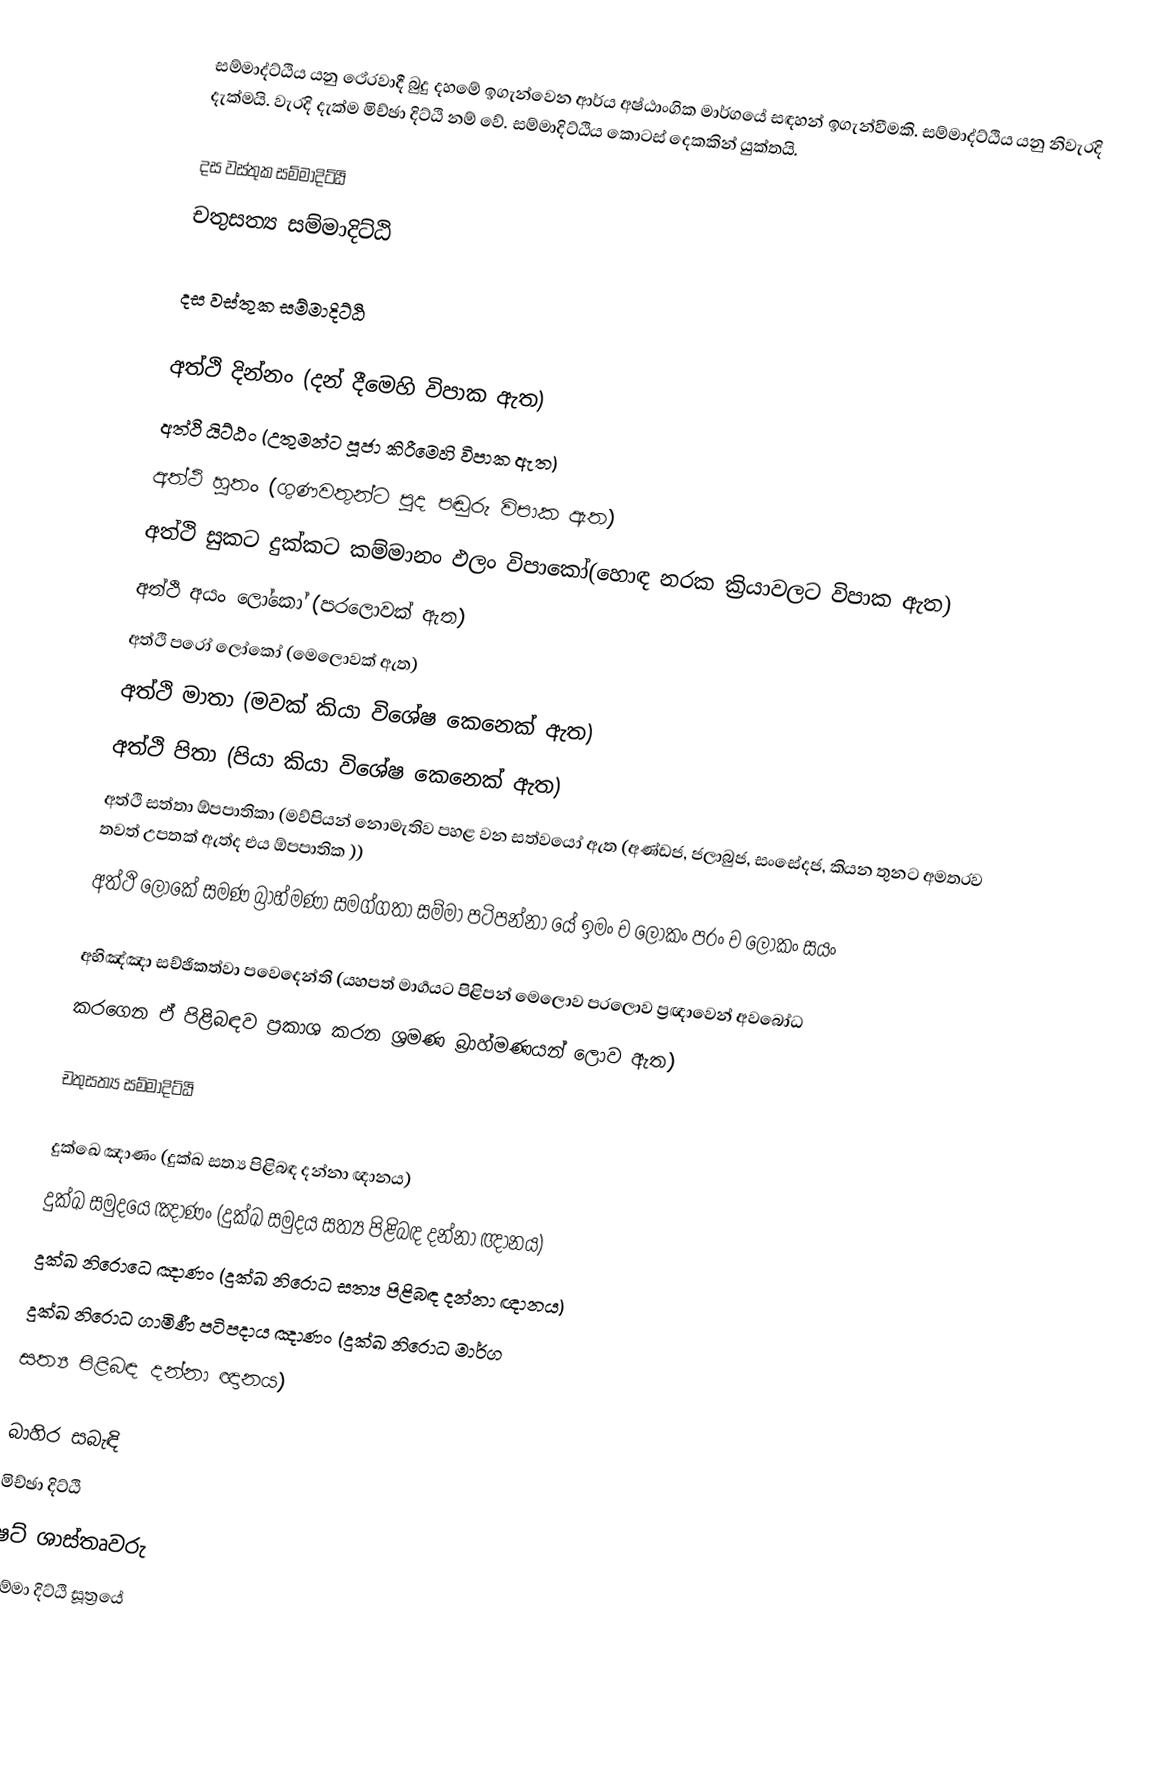
සම්මාද්ට්ඨිය යනු ථේරවාදී බුදු දහමේ ඉගැන්වෙන ආර්ය අෂ්ඨාංගික මාර්ගයේ සඳහන් ඉගැන්වීමකි. සම්මාද්ට්ඨිය යනු නිවැරදි දැක්මයි. වැරදි දැක්ම මිච්ඡා දිට්ඨි නම් වේ. සම්මාදිට්ඨිය කොටස් දෙකකින් යුක්තයි.

දස වස්තුක  සම්මාදිට්ඨි
චතුසත්‍ය සම්මාදිට්ඨි

දස වස්තුක  සම්මාදිට්ඨි

අත්ථි දින්නං (දන් දීමෙහි විපාක ඇත)
අත්ථි යිට්ඨං (උතුමන්ට පූජා කිරීමෙහි විපාක ඇත)
අත්ථි  හුතං (ගුණවතුන්ට පුද පඬුරු විපාක ඇත)
අත්ථි සුකට දුක්කට කම්මානං ඵලං විපාකෝ(හොඳ නරක ක්‍රියාවලට විපාක ඇත)
අත්ථි අයං ලෝකෝ (පරලොවක් ඇත)
අත්ථි පරෝ ලෝකෝ (මෙලොවක් ඇත)
අත්ථි මාතා (මවක් කියා විශේෂ කෙනෙක් ඇත)
අත්ථි පිතා (පියා කියා විශේෂ කෙනෙක් ඇත)
අත්ථි සත්තා ඕපපාතිකා (මව්පියන් නොමැතිව පහළ වන සත්වයෝ ඇත (අණ්ඩජ, ජලාබුජ, සංසේදජ, කියන තුනට අමතරව තවත් උපතක් ඇත්ද එය ඕපපාතික ))
අත්ථි ලෝකේ සමණ බ්‍රාහ්මණා සමග්ගතා සම්මා පටිපන්නා යේ ඉමං ච ලෝකං පරං ච ලෝකං සයං

අභිඤ්ඤා සච්ඡිකත්වා පවෙදෙන්ති (යහපත් මාර්‍ගයට පිළිපන් මෙලොව පරලොව ප්‍රඥාවෙන් අවබෝධ
කරගෙන ඒ පිළිබඳව ප්‍රකාශ කරන ශ්‍රමණ බ්‍රාහ්මණයන් ලොව ඇත)

චතුසත්‍ය සම්මාදිට්ඨි

දුක්ඛෙ ඤාණං (දුක්ඛ සත්‍ය පිළිබඳ දන්නා ඥානය)
දුක්ඛ සමුදයෙ ඤාණං (දුක්ඛ සමුදය සත්‍ය පිළිබඳ දන්නා ඥානය)
දුක්ඛ  නිරොධෙ ඤාණං (දුක්ඛ නිරොධ සත්‍ය පිළිබඳ දන්නා ඥානය)
දුක්ඛ  නිරොධ ගාමිණී පටිපදාය ඤාණං (දුක්ඛ නිරොධ මාර්ග
 සත්‍ය පිළිබඳ දන්නා ඥානය)

බාහිර සබැඳි
මිච්ඡා දිට්ඨි
ෂට් ශාස්තෘවරු
සම්මා දිට්ඨි සූත්‍රයේ‍